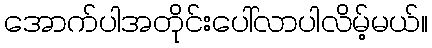
အောက်ပါအတိုင်းပေါ်လာပါလိမ့်မယ်။